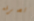
تصرفه